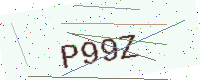
Text: P99Z